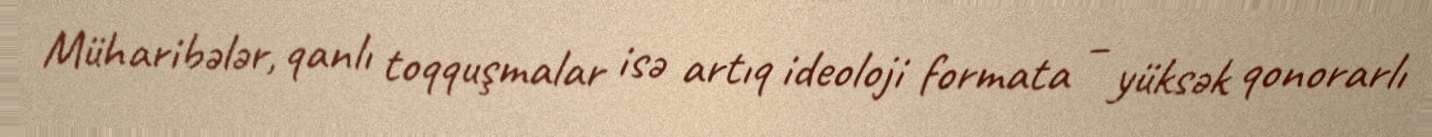
Müharibələr, qanlı toqquşmalar isə artıq ideoloji formata – yüksək qonorarlı